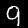
Label: 9